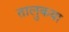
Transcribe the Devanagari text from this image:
तालुकया